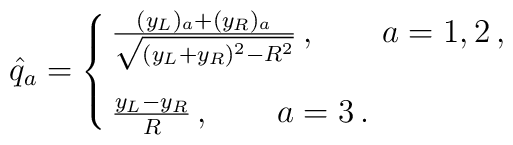
{\hat q}_a  = \cases{ {(y_L)_a + (y_R)_a \over \sqrt{(y_L+y_R)^2 -R^2}}            \, , \qquad a=1,2 \, ,\cr  \cr         {y_L - y_R \over R}   \, , \qquad a=3 \, .}